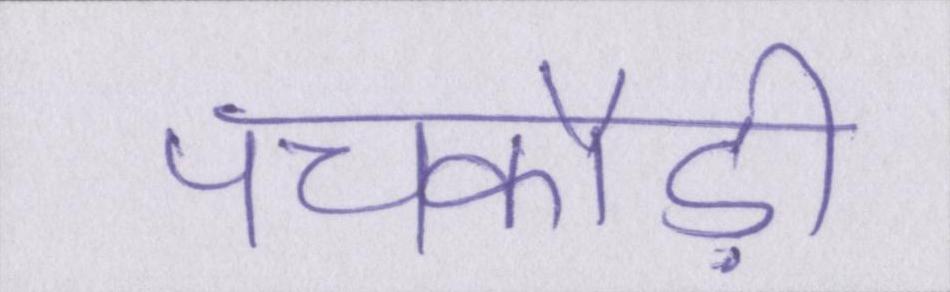
पचकौड़ी